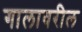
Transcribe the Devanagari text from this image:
गालावरील